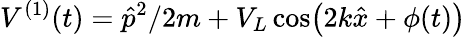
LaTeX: V^{(1)}(t)=\hat{p}^{2}/2m+V_{L}\cos\bigl(2k\hat{x}+\phi(t)\bigr)